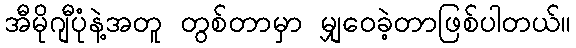
အီမိုဂျီပုံနဲ့အတူ တွစ်တာမှာ မျှဝေခဲ့တာဖြစ်ပါတယ်။